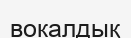
вокалдық